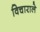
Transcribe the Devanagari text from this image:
विचाराले